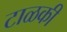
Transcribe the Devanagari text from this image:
टाळकी